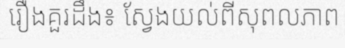
រឿងគួរដឹង៖ ស្វែងយល់ពីសុពលភាព